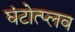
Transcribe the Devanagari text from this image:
घंटोत्प्लव